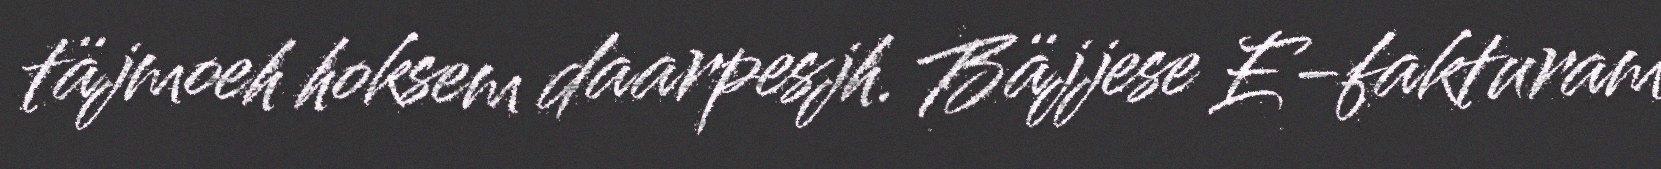
täjmoeh hoksem daarpesjh. Bäjjese E-fakturam